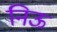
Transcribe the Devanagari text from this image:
निऊ